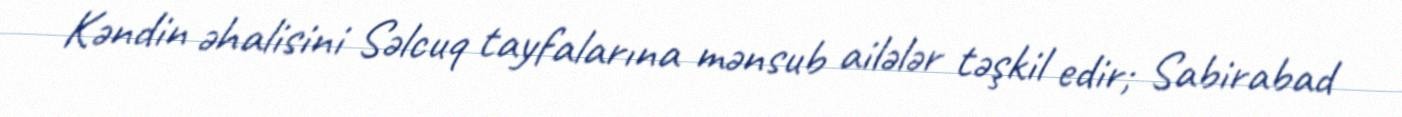
Kəndin əhalisini Səlcuq tayfalarına mənsub ailələr təşkil edir; Sabirabad